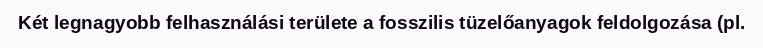
Két legnagyobb felhasználási területe a fosszilis tüzelőanyagok feldolgozása (pl.